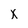
Character: X